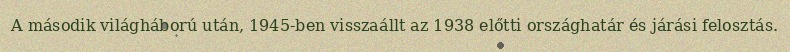
A második világháború után, 1945-ben visszaállt az 1938 előtti országhatár és járási felosztás.